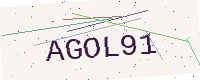
Text: AGOL91